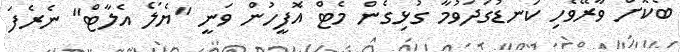
ބޯކޮށް ވާރޭވެހި ކަނޑުގަދަވުމާ ގުޅިގެން މެޓް އޮފީހުން ވަނީ "ޔެލޯ އެލާޓް" ނެރެފަ